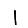
Digit: 1